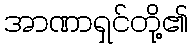
အာဏာရှင်တို့၏